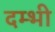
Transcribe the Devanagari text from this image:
दम्भी